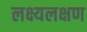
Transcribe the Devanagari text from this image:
लक्ष्यलक्षण